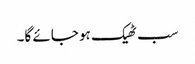
سب ٹھیک ہو جائے گا۔